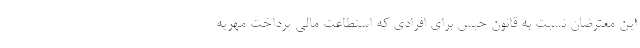
این معترضان نسبت به قانون حبس برای افرادی که استطاعت مالی پرداخت مهریه